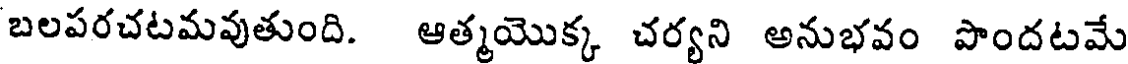
బలపరచటమవుతుంది. ఆత్మయొక్క చర్యని అనుభవం పొందటమే